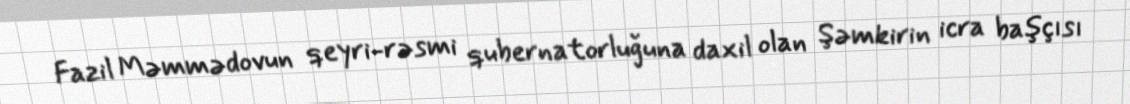
Fazil Məmmədovun qeyri-rəsmi qubernatorluğuna daxil olan Şəmkirin icra başçısı